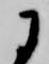
に